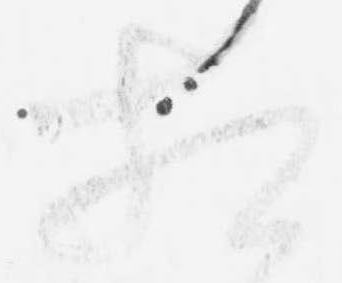
相